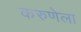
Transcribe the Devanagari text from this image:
करुणेला